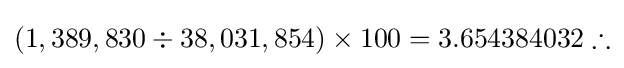
(1,389,830\div 38,031,854)\times 100=3.654384032\therefore